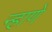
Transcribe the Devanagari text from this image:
न्हाणे